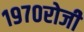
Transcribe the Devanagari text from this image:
१९७०रोजीे